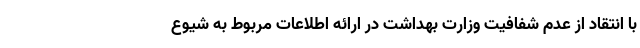
با انتقاد از عدم شفافیت وزارت بهداشت در ارائه اطلاعات مربوط به شیوع